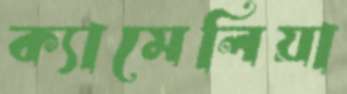
ক্যামেলিয়া